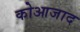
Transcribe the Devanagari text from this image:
कोआजाद